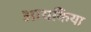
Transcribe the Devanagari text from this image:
आयकिया